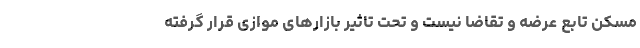
مسکن تابع عرضه و تقاضا نیست و تحت تاثیر بازارهای موازی قرار گرفته